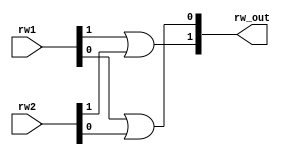
module or_rw_mem (input[1:0] rw1,rw2,
						output[1:0]rw_out);
			
or(rw_out[1],rw1[1],rw2[1]);
or(rw_out[0],rw1[0],rw2[0]);			
						
endmodule